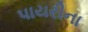
પાયરીના